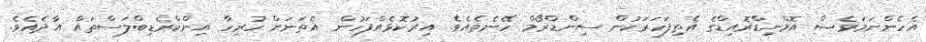
އެހެންނަމަވެސް އޮމްނިޑްރޮއިޑްގެ އެތިފަހަރަކުން ސިންޑްރޯމް ހޭނެތެއެވެ. އިރުކޮޅެއްފަހުން އެތަނަށް ހުރިހާ އިންކްރެޑިބްލަސްތައް އާދެއެވެ.